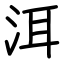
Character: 洱